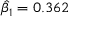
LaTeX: { \hat { \beta } } _ { 1 } = 0 . 3 6 2